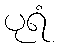
ပုရံ